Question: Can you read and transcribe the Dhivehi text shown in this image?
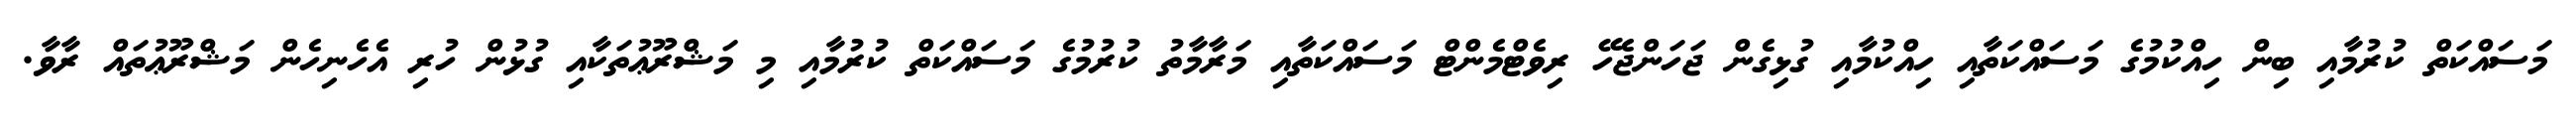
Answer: މަސައްކަތް ކުރުމާއި ބިން ހިއްކުމުގެ މަސައްކަތާއި ހިއްކުމާއި ގުޅިގެން ޖަހަންޖެހޭ ރިވެޓްމެންޓް މަސައްކަތާއި މަރާމާތު ކުރުމުގެ މަސައްކަތް ކުރުމާއި މި މަޝްރޫޢުތަކާއި ގުޅުން ހުރި އެހެނިހެން މަޝްރޫޢުތައް ރާވާ.